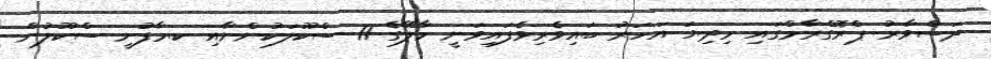
ދަސްވާރު ޕްރޮގްރާމްގައި މިދިޔަ އަހަރު ބައިވެރިވެފައިވަނީ މާލޭގެ 11 ސްކޫލަކުންނާއި ކ.މާފުށީ ސްކޫލުން